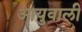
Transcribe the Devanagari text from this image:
आयुवाली